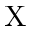
\mathrm { X }